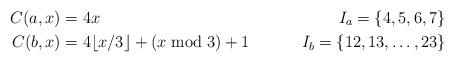
LaTeX: \begin{align*}C(a,x) &= 4x & I_a = \{ 4, 5, 6, 7 \} \\C(b,x) &= 4 \lfloor x/3 \rfloor + (x \bmod 3) + 1 & I_b = \{ 12, 13, \dots, 23 \} \\\end{align*}